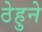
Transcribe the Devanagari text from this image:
ठेहुने